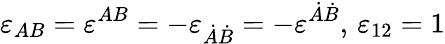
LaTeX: \varepsilon_{AB}=\varepsilon^{AB}=-\varepsilon_{\dot{A}\dot{B}}=-\varepsilon^{\dot{A}\dot{B}},\, \varepsilon_{12}=1